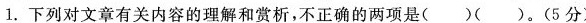
1.下列对文章有关内容的理解和赏析，不正确的两项是()()。(5分)